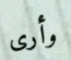
وأرى